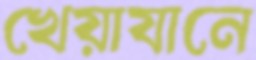
খেয়াযানে